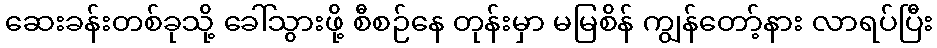
ဆေးခန်းတစ်ခုသို့ ခေါ်သွားဖို့ စီစဉ်နေ တုန်းမှာ မမြစိန် ကျွန်တော့်နား လာရပ်ပြီး